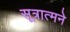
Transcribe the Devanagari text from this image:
सूत्रात्मने